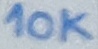
Text: 10K